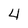
Character: 4